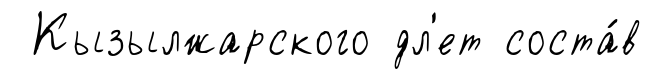
Кызылжарского дл'ет соста́в